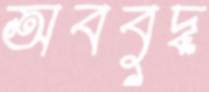
অববুদ্ধ